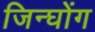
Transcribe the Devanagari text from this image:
जिन्घोंग